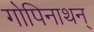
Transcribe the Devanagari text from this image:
गोपिनाथन्